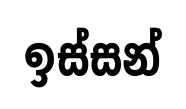
ඉස්සන්